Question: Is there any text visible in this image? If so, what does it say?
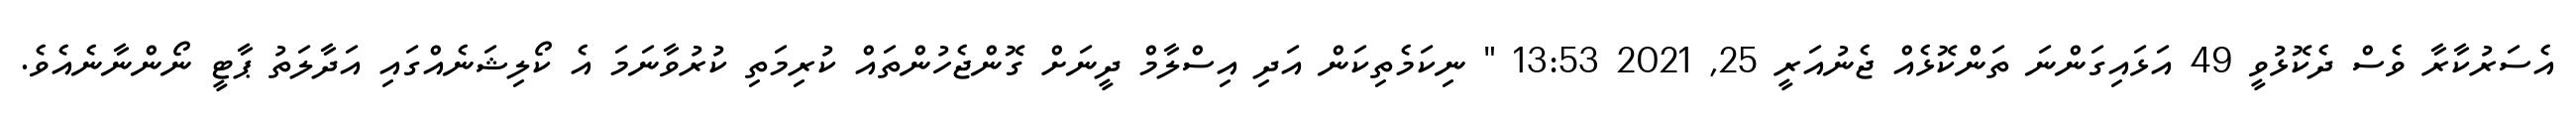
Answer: އެސަރުކާރާ ވެސް ދެކޮޅުވީ 49 އަޅައިގަންނަ ތަންކޮޅެއް ޖެނުއަރީ 25, 2021 13:53 " ނިކަމެތިކަން އަދި އިސްލާމް ދީނަށް ގޮންޖެހުންތައް ކުރިމަތި ކުރުވާނަމަ އެ ކޯލިޝަނެއްގައި އަދާލަތު ޕާޓީ ނޯންނާނެއެވެ.